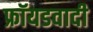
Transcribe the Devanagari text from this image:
फ्रॉयडवादी